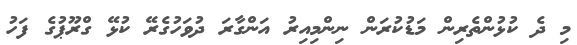
މި ދެ ކުޅުންތެރިން މަޑުކުރަން ނިންމިއިރު އަންގާރަ ދުވަހުގެރޭ ކުޅޭ ގްރޫޕުގެ ފަހު